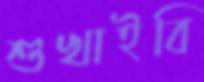
শুখাইবি